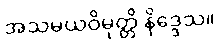
အသမယဝိမုတ္တိ နိဒ္ဒေသ။